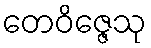
တေဝိဇ္ဇေသု